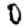
Digit: 0